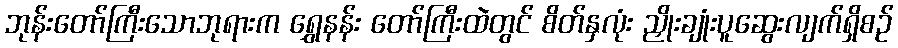
ဘုန်းတော်ကြီးသောဘုရားက ရွှေနန်း တော်ကြီးထဲတွင် စိတ်နှလုံး ညှိုးချုံးပူဆွေးလျက်ရှိစဉ်